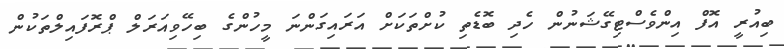
ބިއުރީ އޮފް އިންވެސްޓިގޭޝަނުން ހެދި ބޮޑެތި ކުށްތަކަށް އަރައިގަންނަ މީހުންގެ ބިހޭވިއަރަލް ޕްރޮފައިލްތަކުން